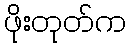
ဖိုးတုတ်က